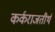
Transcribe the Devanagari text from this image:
कर्कराजतीर्थ